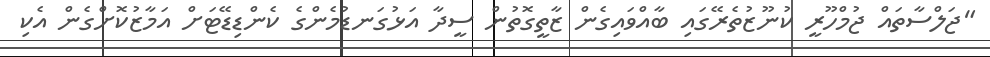
"ޖަލްސާތައް ޖުމްހޫރީ ކުނޫޒުތެރޭގައި ބާއްވައިގެން ޒާތީގޮތުން ސީދާ އަޅުގަނޑުމެންގެ ކެންޑިޑޭޓަށް އަމާޒުކޮށްގެން އެކި